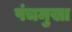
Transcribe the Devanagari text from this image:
पंचमुखा